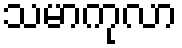
သမာကုလာ